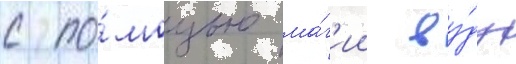
с по́мощью ма́г'ии ву́ду